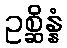
ဥစ္ဆိန္နံ